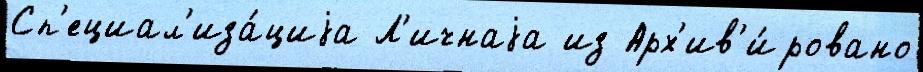
Сп'ециал'иза́циjа Л'ичнаjа из Арх'ив'и́ровано